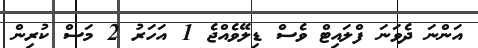
އަންނަ ދެވަނަ ފްލައިޓް ވެސް ޑިލޭވެއްޖެ 1 އަހަރު 2 މަސް ކުރިން